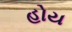
હોય